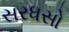
સરધસો